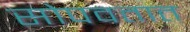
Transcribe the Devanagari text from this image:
सोपवतात